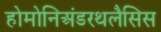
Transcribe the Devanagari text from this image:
होमोनिअंडरथलैसिस